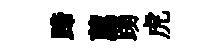
蹄薦踴虎